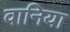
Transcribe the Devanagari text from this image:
वानिया